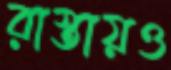
রাস্তায়ও